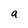
Character: a